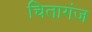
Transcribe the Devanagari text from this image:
चितागंज